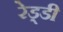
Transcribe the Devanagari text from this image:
रेड्‌डी